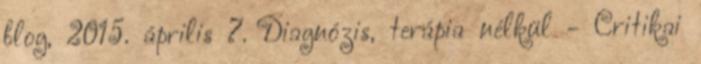
blog, 2015. április 7. Diagnózis, terápia nélkül - Critikai